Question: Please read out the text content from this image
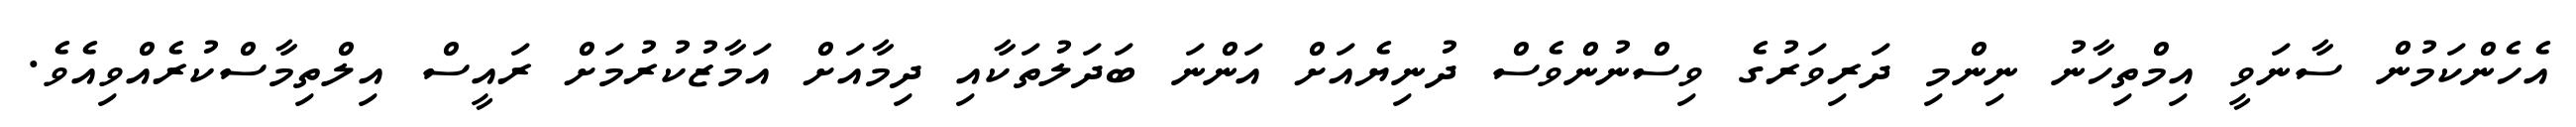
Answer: އެހެންކަމުން ސާނަވީ އިމްތިހާނު ނިންމި ދަރިވަރުގެ ވިސްނުންވެސް ދުނިޔެއަށް އަންނަ ބަދަލުތަކާއި ދިމާއަށް އަމާޒުކުރުމަށް ރައީސް އިލްތިމާސްކުރެއްވިއެވެ.